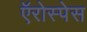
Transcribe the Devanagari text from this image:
ऍरोस्पेस